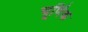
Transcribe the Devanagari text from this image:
चूर्णिक